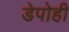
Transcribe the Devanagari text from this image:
डेपोही